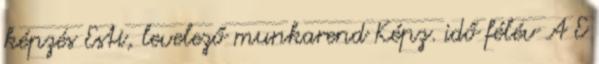
képzés Esti, levelező munkarend Képz. idő félév A E